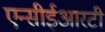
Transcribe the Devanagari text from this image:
एन्सीईआरटी